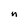
Character: n